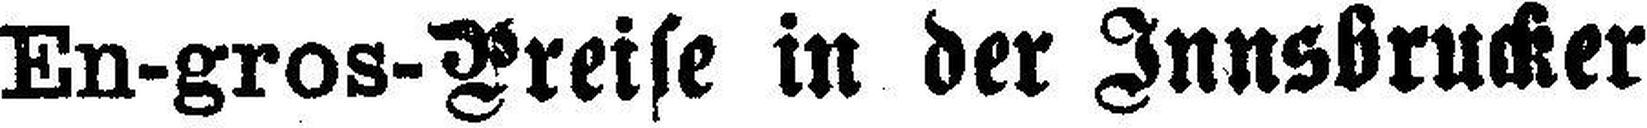
En-gros-Preise in der Innsbrucker